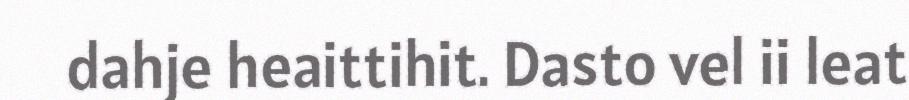
dahje heaittihit. Dasto vel ii leat